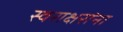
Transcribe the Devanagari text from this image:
स्वराक्षरांना